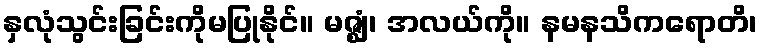
နှလုံသွင်းခြင်းကိုမပြုနိုင်။ မဇ္ဈံ၊ အလယ်ကို။ နမနသိကရောတိ၊